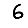
Digit: 6